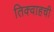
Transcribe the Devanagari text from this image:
तिक्वाहची